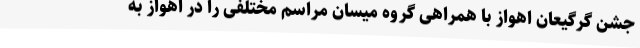
جشن گرگیعان اهواز با همراهی گروه میسان مراسم مختلفی را در اهواز به